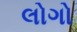
લોગો